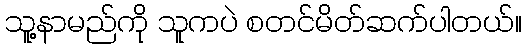
သူ့နာမည်ကို သူကပဲ စတင်မိတ်ဆက်ပါတယ်။